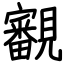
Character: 覾